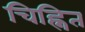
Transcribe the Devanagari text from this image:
चिह्नित